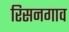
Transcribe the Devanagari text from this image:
रिसनगाव